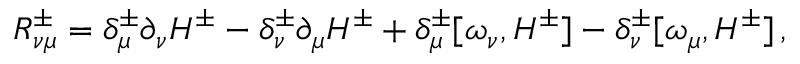
R _ { \nu \mu } ^ { \pm } = \delta _ { \mu } ^ { \pm } \partial _ { \nu } H ^ { \pm } - \delta _ { \nu } ^ { \pm } \partial _ { \mu } H ^ { \pm } + \delta _ { \mu } ^ { \pm } [ \omega _ { \nu } , H ^ { \pm } ] - \delta _ { \nu } ^ { \pm } [ \omega _ { \mu } , H ^ { \pm } ] \, ,